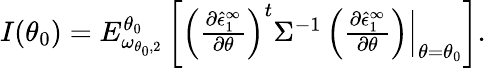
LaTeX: \begin{array}{r}{I(\theta_{0})=E_{\omega_{\theta_{0},2}}^{\theta_{0}}\left[\left(\frac{\partial\hat{\epsilon}_{1}^{\infty}}{\partial\theta}\right)^{t}\Sigma^{-1}\left(\frac{\partial\hat{\epsilon}_{1}^{\infty}}{\partial\theta}\right){\Big|}_{\theta=\theta_{0}}\right].}\end{array}